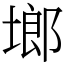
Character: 鿾